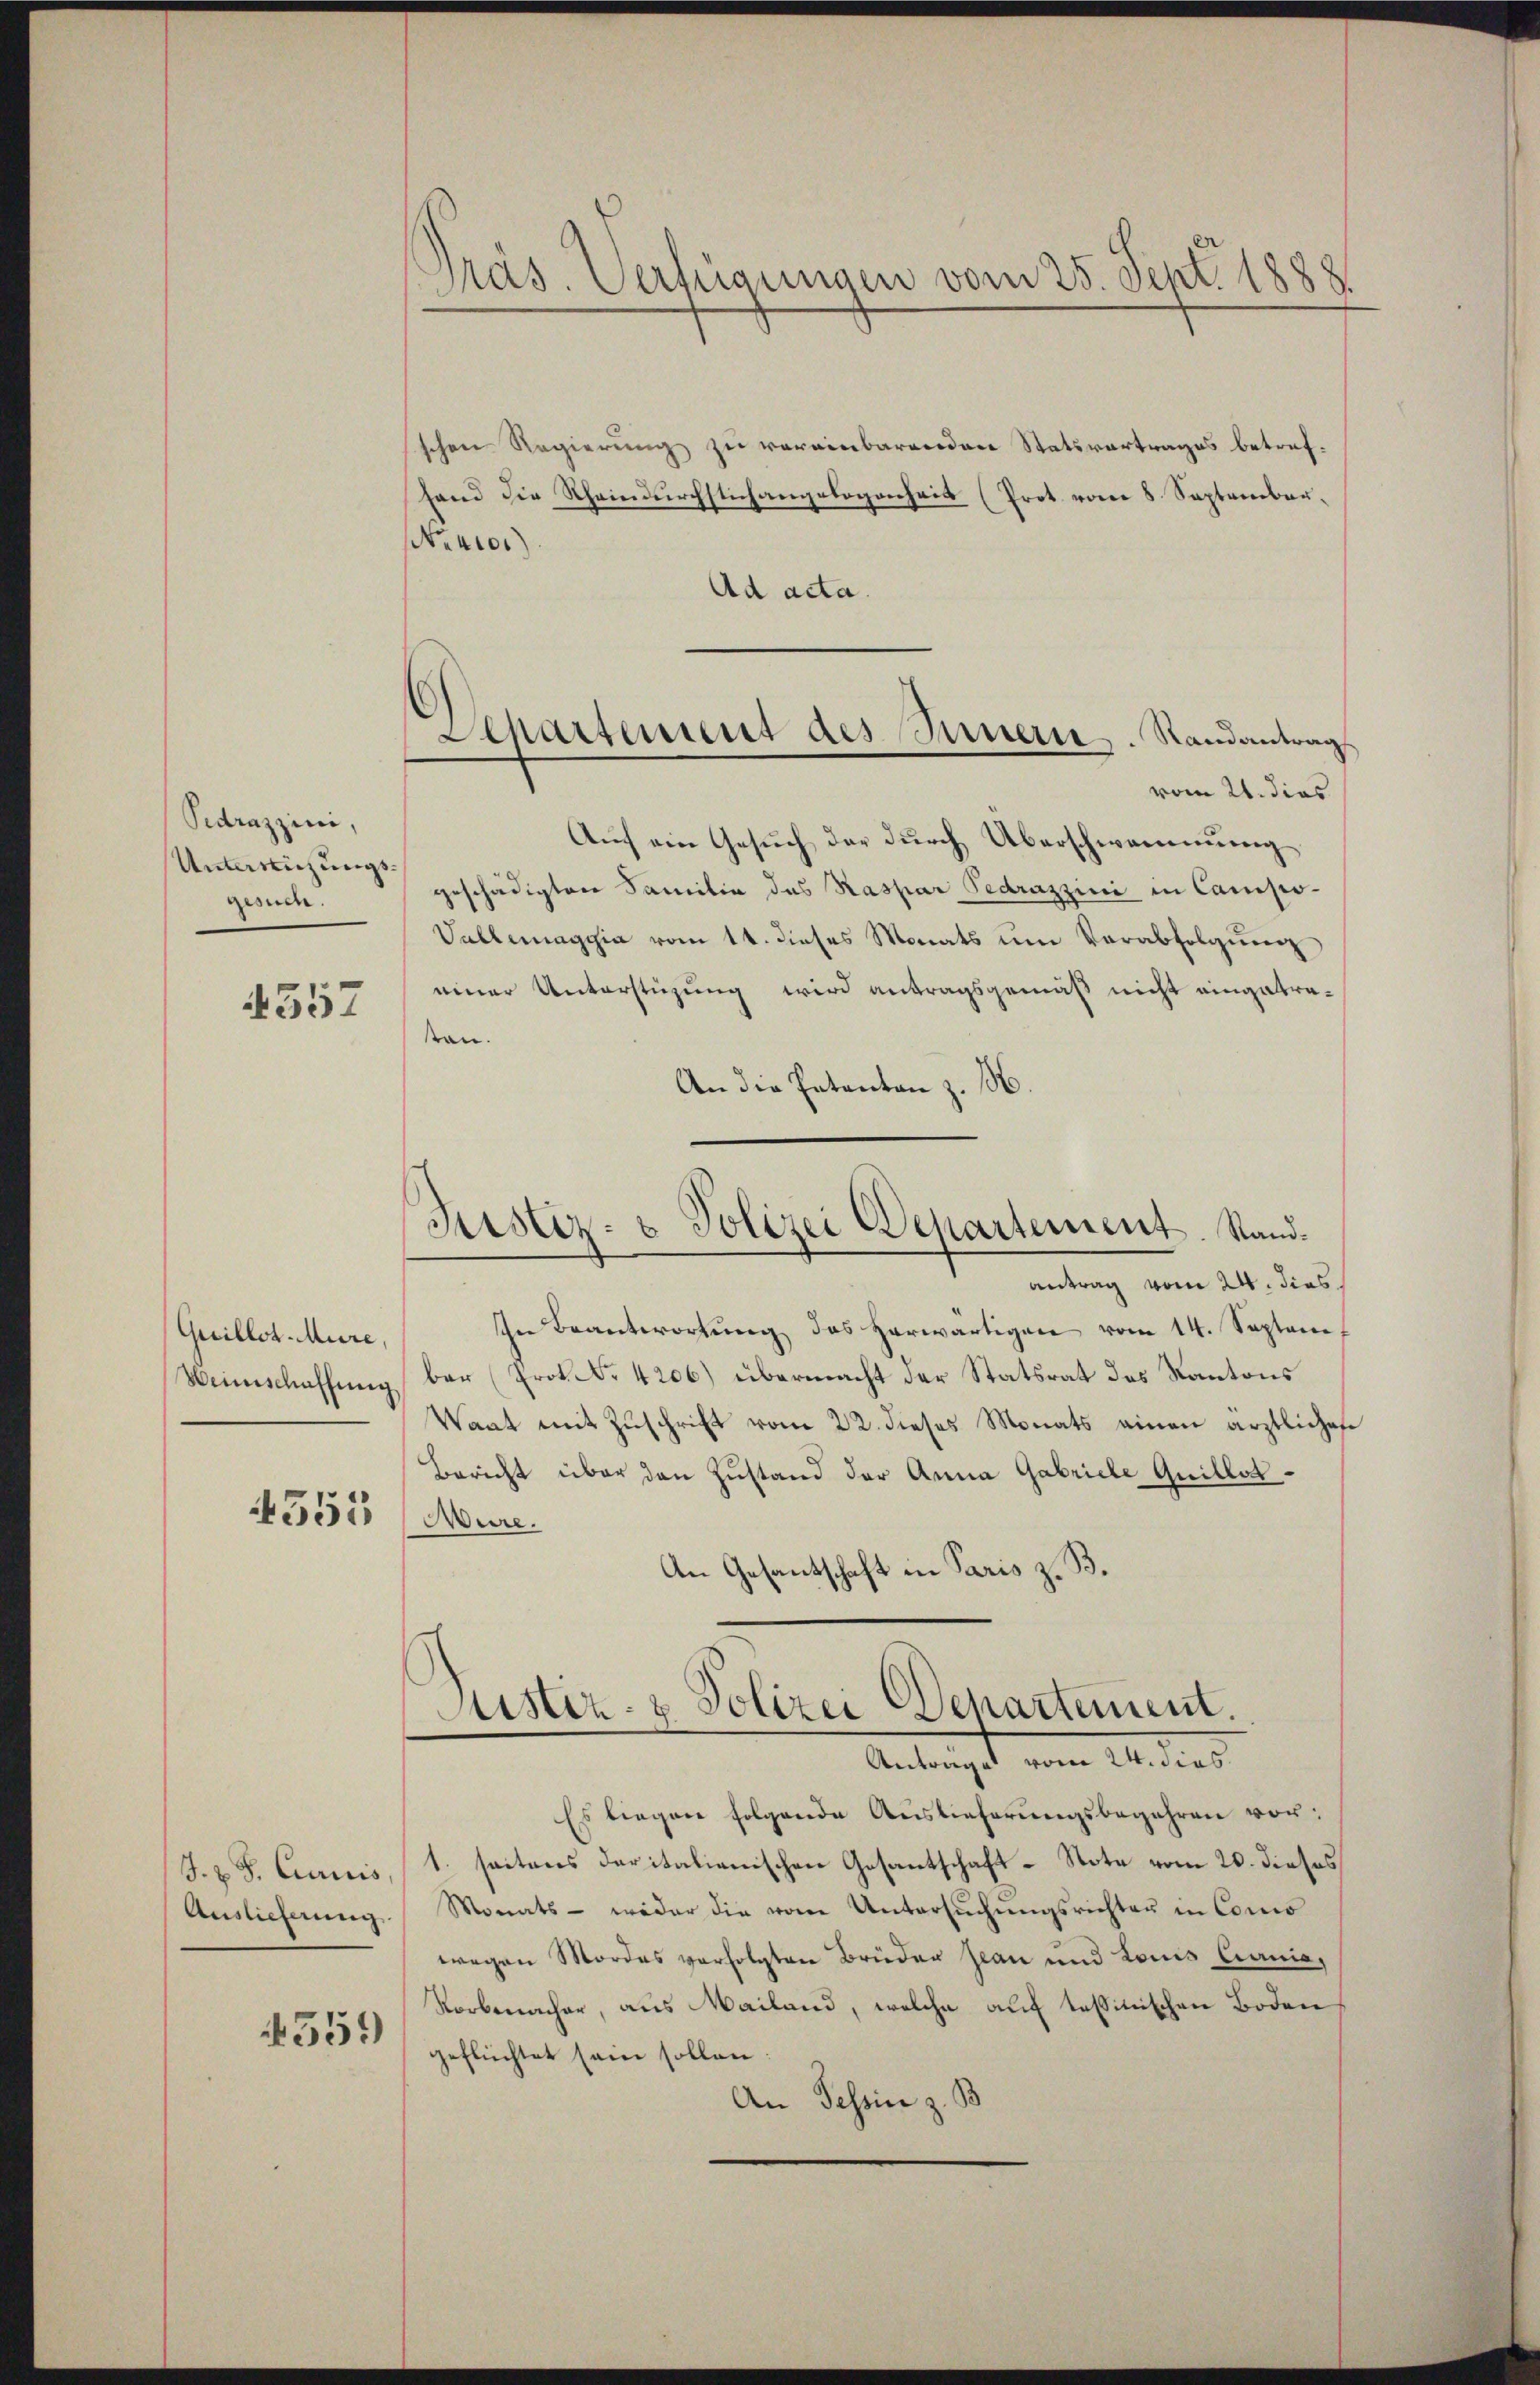
Pedrazzini,
Unterreichungsgesuch.

4357

Guillot-Mure,
Weinschaffung
553

J. X S. Curicis
Auslieferung

551)

Präs. Verfügungen vom 25. Sept. 1888

Departement des Innern. Standantrags

Justiz- & Polizei Departement. Standantrag vom 24. dies

schen Regierung zu vereinbarenden Statsvertrages betref¬
Hand die Rheindurchstich angelegenheit (Prot vom 8. September.
Neuor
Ad acta.
vom 21. dies
Auf ein Gesuch der durch Überschwammung
geschädigten Familie das Raspar Pedrazzini in Campo-
Vallemaggia vom 14. dieses Monats um Verabfolgung
einer Unterstüzung wird antragsgemäß nicht eingetrasan.
An die Entanton z.
In Beantwortung des herwärtigen vom 14. Septene,
ber (Prok. Nr. 4206) übermacht der Statsrat des Kantons
Waat mit Zuschrift vom 22. dieses Monats einen ärztliches
Bericht über den Zustand der Anna Gabriele Quillot¬
Wure.
An Gesantschaft in Paris z. B.
Justiz- & Polizei Departement.
Antrages vom 24. dies
Es liegen folgende Auslieferungsbegehren vor:
1. seitens daritalienischen Gesantschaft-Note vom 20. dieses
Monats - weder die vom Untersuchungsrichten in Como
wegen Mordes verfolgten Brüder Jean und Louis Ciania,
Norbenacher, aus Mailand, welche auf tessinischen Boden
geflüchtet sein sollen:
An Tessin z. B